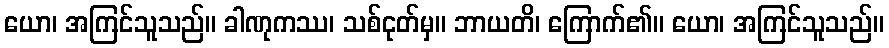
ယော၊ အကြင်သူသည်။ ခါဏုကဿ၊ သစ်ငုတ်မှ။ ဘာယတိ၊ ကြောက်၏။ ယော၊ အကြင်သူသည်။